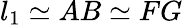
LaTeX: l_{1}\simeq AB\simeq FG